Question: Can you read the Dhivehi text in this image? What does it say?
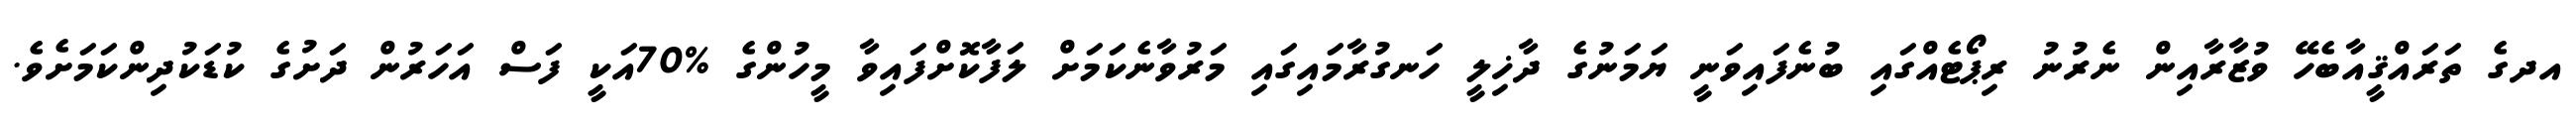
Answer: އދގެ ތަރައްޤީއާބެހޭ ވުޒާރާއިން ނެރުނު ރިޕޯޓެއްގައި ބުނެފައިވަނީ ޔަމަނުގެ ދާޚިލީ ހަނގުރާމައިގައި މަރުވާނެކަމަށް ލަފާކޮށްފައިވާ މީހުންގެ %70އަކީ ފަސް އަހަރުން ދަށުގެ ކުޑަކުދިންކަމަށެވެ.